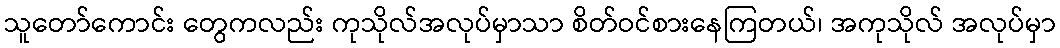
သူတော်ကောင်း တွေကလည်း ကုသိုလ်အလုပ်မှာသာ စိတ်ဝင်စားနေကြတယ်၊ အကုသိုလ် အလုပ်မှာ